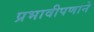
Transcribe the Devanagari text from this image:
प्रभावीपणाने